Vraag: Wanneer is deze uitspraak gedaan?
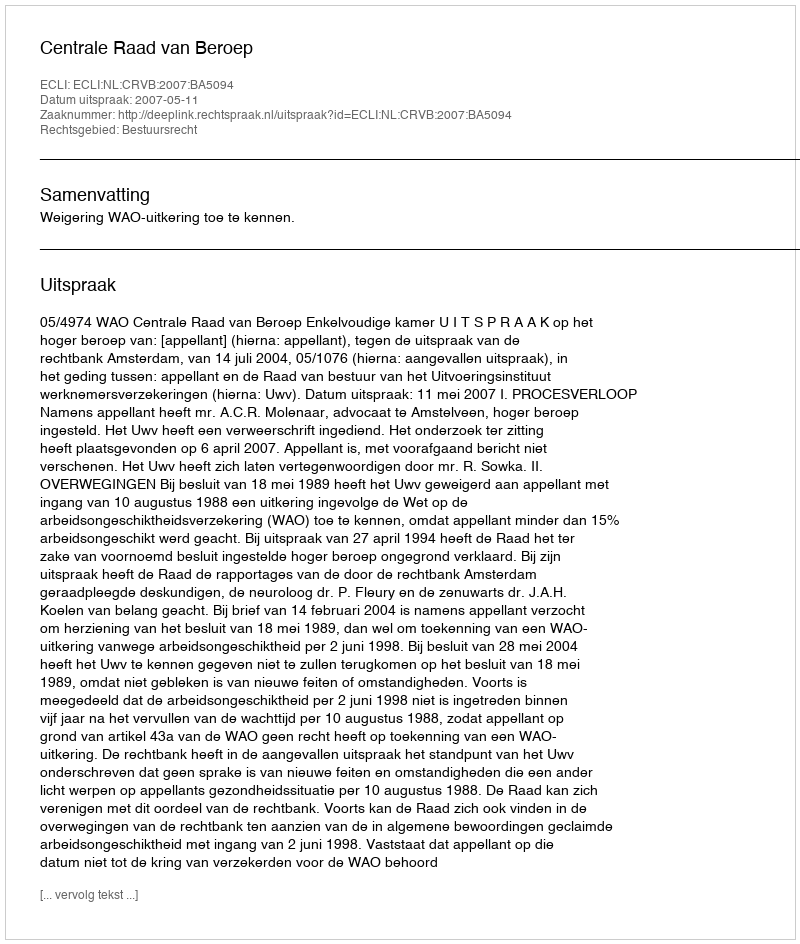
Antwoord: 2007-05-11